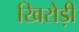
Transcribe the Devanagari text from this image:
खिरोड़ी